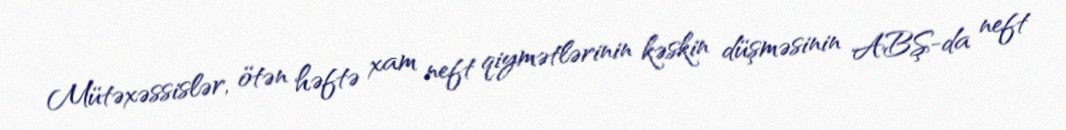
Mütəxəssislər, ötən həftə xam neft qiymətlərinin kəskin düşməsinin ABŞ-da neft